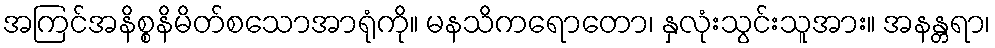
အကြင်အနိစ္စနိမိတ်စသောအာရုံကို။ မနသိကရောတော၊ နှလုံးသွင်းသူအား။ အနန္တရာ၊